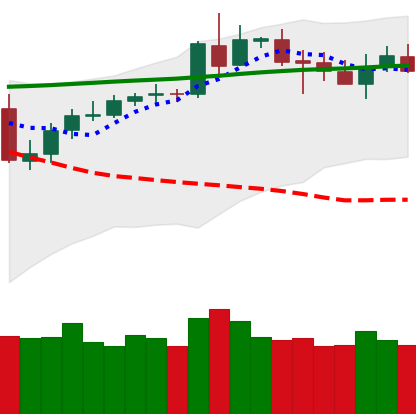
Ticker: BNB-USD
Chart end date: 2020-05-09
Forward return: -3.414%
Label: down_3_5